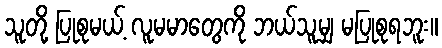
သူတို့ ပြုစုမယ့် လူမမာတွေကို ဘယ်သူမျှ မပြုစုရဘူး။